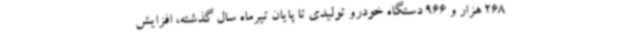
268 هزار و 966 دستگاه خودرو تولیدی تا پایان تیرماه سال گذشته، افزایش